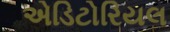
એડિટોરિયલ